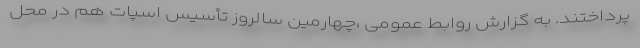
پرداختند. به گزارش روابط عمومی ،چهارمین سالروز تأسیس اسپات هم در محل